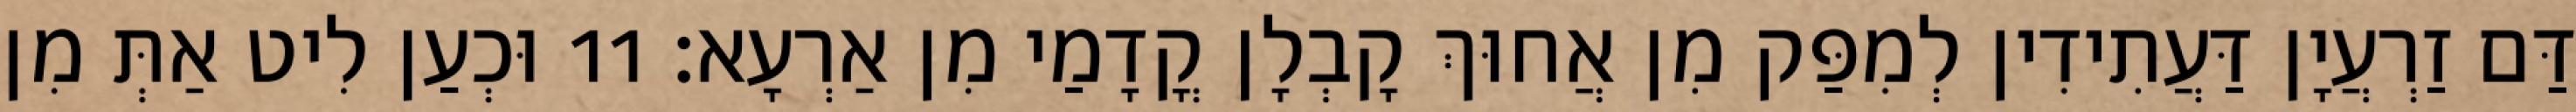
דַּם זַרְעֲיָן דַּעֲתִידִין לְמִפַּק מִן אֲחוּךְ קָבְלָן קֳדָמַי מִן אַרְעָא׃ 11 וּכְעַן לִיט אַתְּ מִן